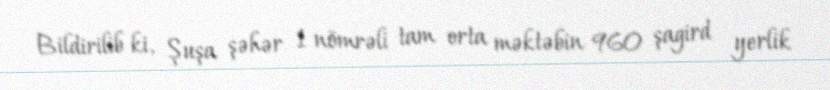
Bildirilib ki, Şuşa şəhər 1 nömrəli tam orta məktəbin 960 şagird yerlik